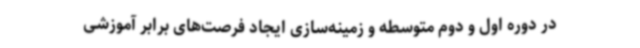
در دوره اول و دوم متوسطه و زمینه‌سازی ایجاد فرصت‌های برابر آموزشی